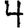
Digit: 4